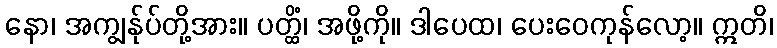
နော၊ အကျွန်ုပ်တို့အား။ ပတ္ထိံ၊ အဖို့ကို။ ဒါပေထ၊ ပေးဝေကုန်လော့။ ဣတိ၊